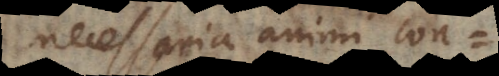
necessaria animi const